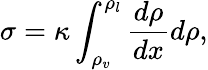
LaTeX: \sigma=\kappa\int_{\rho_{v}}^{\rho_{l}}\frac{d\rho}{dx}d\rho,